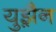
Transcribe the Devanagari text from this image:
युझ़ैन